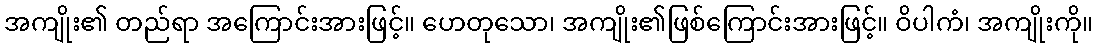
အကျိုး၏ တည်ရာ အကြောင်းအားဖြင့်။ ဟေတုသော၊ အကျိုး၏ဖြစ်ကြောင်းအားဖြင့်။ ဝိပါကံ၊ အကျိုးကို။